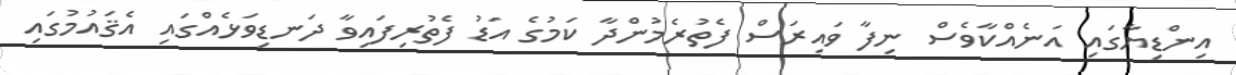
އިންޑިޔާގައި އަނެއްކާވެސް ނިފާ ވައިރަސް ފެތުރެމުންދާ ކަމުގެ އަޑު ފެތުރިފައިވާ ދަނޑިވަޅެއްގައި އެޤައުމުގައި